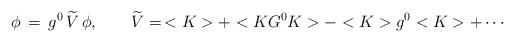
LaTeX: \begin{align*}\phi\,=\,g^0\,\widetilde V\,\phi,\qquad\widetilde V=\,<K>+<KG^0K>-<K>g^0<K>+\cdots\end{align*}